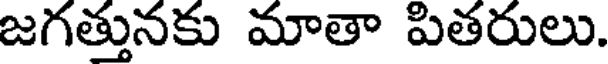
జగత్తునకు మాతా పితరులు.